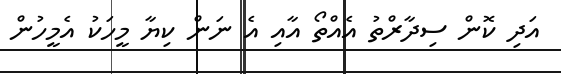
އަދި ކޮން ސިދާރްތު އެއްތޯ އާއި އެ ނަން ކިޔާ މީހަކު އެމީހުން